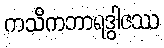
ကသိကဘာရဒွါဇဿ